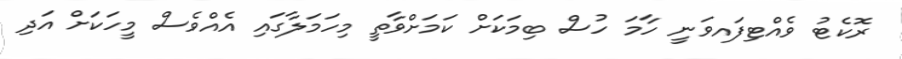
ރޮކެޓު ވެއްޓިފައވަނީ ހާމަ ހުސް ބިމަކަށް ކަމަށްވާތީ މިހަމަލާގައި އެއްވެސް މީހަކަށް އަދި